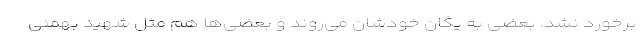
برخورد نشد. بعضی به یگان خودشان می‌روند و بعضی‌ها هم مثل شهید بهمنی